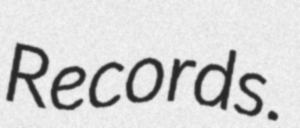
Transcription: Records.